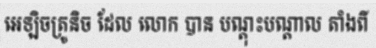
អេឡិចត្រូនិច ដែល លោក បាន បណ្តុះបណ្តាល តាំងពី